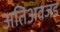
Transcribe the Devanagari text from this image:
अतिअवजड